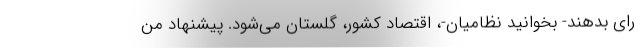
رای بدهند- بخوانید نظامیان-، اقتصاد کشور، گلستان می‌شود. پیشنهاد من